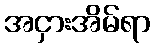
အငှားအိမ်ရာ